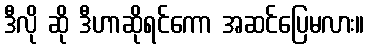
ဒီလို ဆို ဒီဟာဆိုရင်ကော အဆင်ပြေမလား။